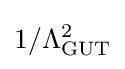
{\textstyle 1/\Lambda _{\text{GUT}}^{2}}